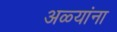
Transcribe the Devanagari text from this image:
अळ्यांना